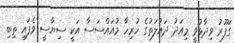
ގަފޫރު ވިދާޅުވީ މިއަދު ދައުލަތުގެ ހުރިހާ މުއައްސަސާ އަކީ ސިޔާސީ ވެފައި ތިބި